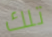
تلك